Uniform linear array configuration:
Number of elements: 4
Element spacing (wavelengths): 0.25
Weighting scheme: blackman
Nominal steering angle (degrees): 60
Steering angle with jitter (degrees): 58.42
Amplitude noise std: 0.05
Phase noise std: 0.05

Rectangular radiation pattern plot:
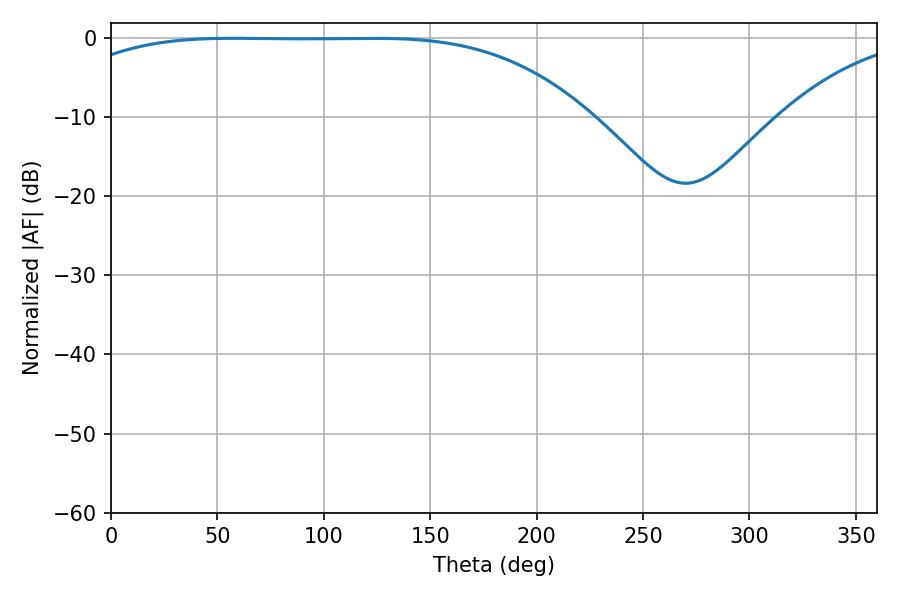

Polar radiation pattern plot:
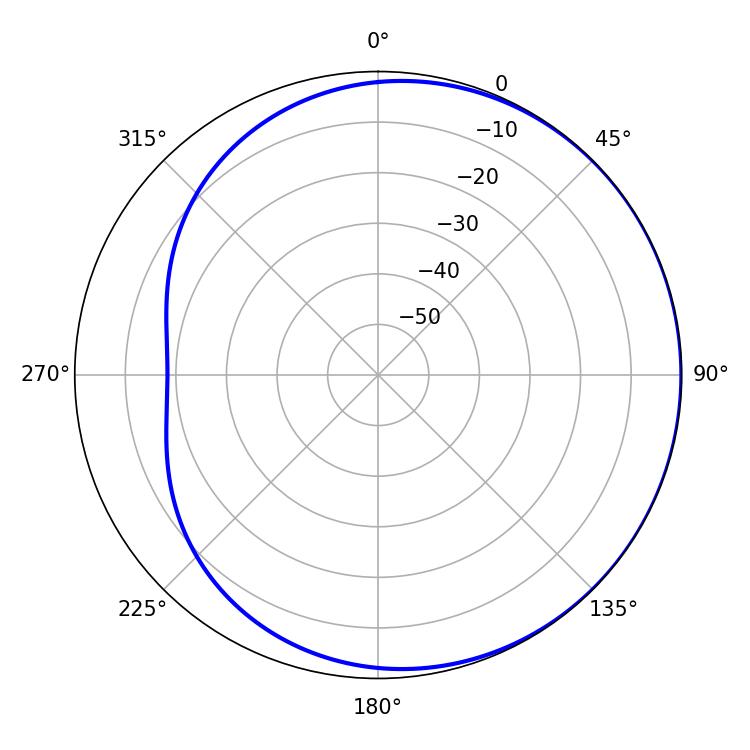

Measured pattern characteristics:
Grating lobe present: FALSE
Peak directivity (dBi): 0.6329
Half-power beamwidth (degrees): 188.82
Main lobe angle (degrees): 57.78